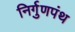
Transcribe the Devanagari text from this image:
निर्गुणपंथ